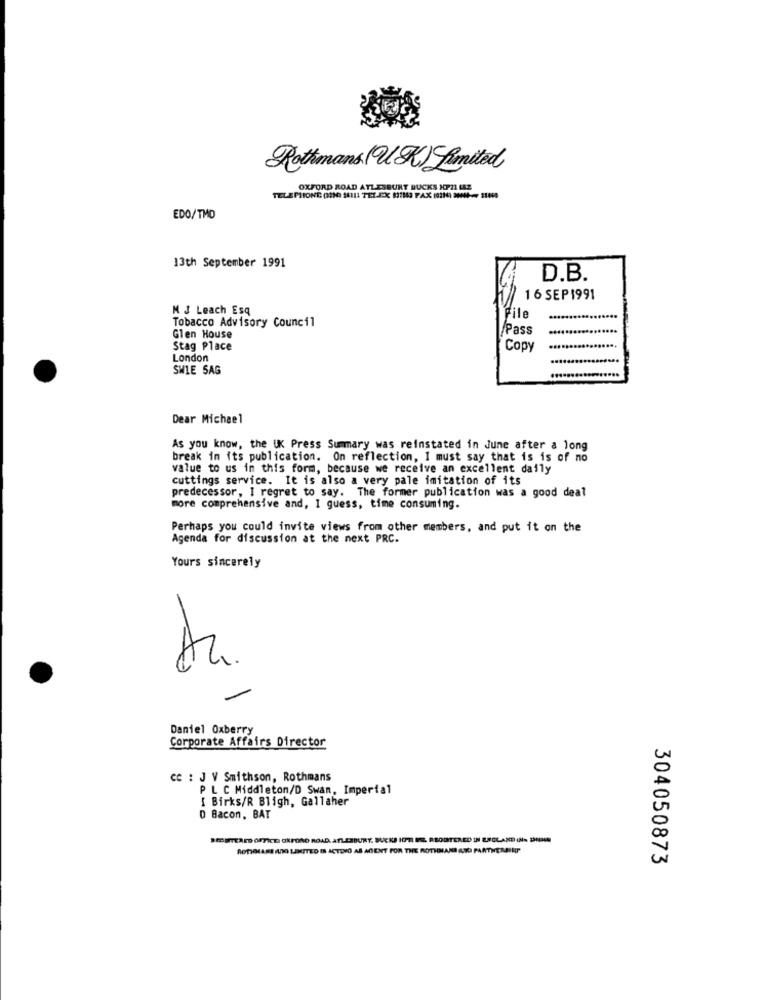
Rothmans (UK) Limited
OXFORD ROAD AYLESBURY BUCKS XP21 1EZ
TELEMIONE (DO #4111 TELEX MIN43 FAX 10216) 304- 21400
EDO/TMD
13th September 1991
D.B.
16 SEP 1991
M J Leach Esq
Tobacco Advisory Council
file
Pass
Glen House
Stag Place
Copy
London
SWIE SAG
Dear Michael
As you know, the UK Press Summary was reinstated in June after a long
break in its publication. On reflection, I must say that is is of no
value to us in this form, because we receive an excellent daily
cuttings service. It is also a very pale imitation of its
predecessor, I regret to say. The former publication was a good deal
more comprehensive and, I guess, time consuming.
Perhaps you could invite views from other members, and put it on the
Agenda for discussion at the next PRC.
Yours sincerely
Daniel Oxberry
Corporate Affairs Director
cc : J V Smithson, Rothmans
P L C Middleton/D Swan, Imperial
[ Birks/R Bligh, Gallaher
D Bacon, BAT
SEITEAED OFFICE OXFORD ROAD. ATLESBURY. SUCKS HOPEI ENEL. RBOLSTERED IN EECLAND IN DEN
ROTHMARE ADO LIMITED IS ACTING AS AGENT FOR THE ROTIGIANI RIO PARTNEREIIGP
304050873